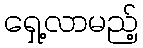
ရှေ့လာမည့်